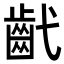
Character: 𢎕